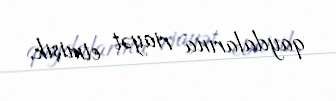
qaydalarına riayət etmişik.